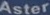
Aster